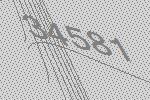
34581